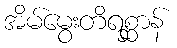
အိမ်မွေးတိရစ္ဆာန်